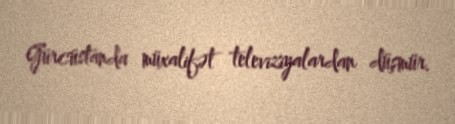
Gürcüstanda müxalifət televiziyalardan düşmür.